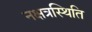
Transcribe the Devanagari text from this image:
नक्षत्रस्थिति